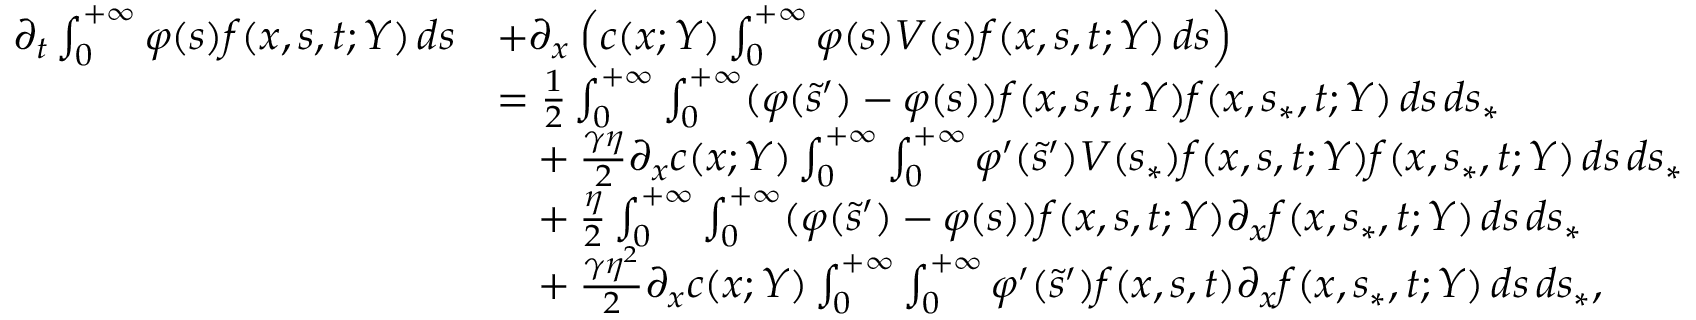
\begin{array} { r l } { \partial _ { t } \int _ { 0 } ^ { + \infty } \varphi ( s ) f ( x , s , t ; Y ) \, d s } & { + \partial _ { x } \left( c ( x ; Y ) \int _ { 0 } ^ { + \infty } \varphi ( s ) V ( s ) f ( x , s , t ; Y ) \, d s \right) } \\ & { = \frac { 1 } { 2 } \int _ { 0 } ^ { + \infty } \int _ { 0 } ^ { + \infty } ( \varphi ( \tilde { s } ^ { \prime } ) - \varphi ( s ) ) f ( x , s , t ; Y ) f ( x , s _ { \ast } , t ; Y ) \, d s \, d s _ { \ast } } \\ & { \phantom { = } + \frac { \gamma \eta } { 2 } \partial _ { x } c ( x ; Y ) \int _ { 0 } ^ { + \infty } \int _ { 0 } ^ { + \infty } \varphi ^ { \prime } ( \tilde { s } ^ { \prime } ) V ( s _ { \ast } ) f ( x , s , t ; Y ) f ( x , s _ { \ast } , t ; Y ) \, d s \, d s _ { \ast } } \\ & { \phantom { = } + \frac { \eta } { 2 } \int _ { 0 } ^ { + \infty } \int _ { 0 } ^ { + \infty } ( \varphi ( \tilde { s } ^ { \prime } ) - \varphi ( s ) ) f ( x , s , t ; Y ) \partial _ { x } f ( x , s _ { \ast } , t ; Y ) \, d s \, d s _ { \ast } } \\ & { \phantom { = } + \frac { \gamma \eta ^ { 2 } } { 2 } \partial _ { x } c ( x ; Y ) \int _ { 0 } ^ { + \infty } \int _ { 0 } ^ { + \infty } \varphi ^ { \prime } ( \tilde { s } ^ { \prime } ) f ( x , s , t ) \partial _ { x } f ( x , s _ { \ast } , t ; Y ) \, d s \, d s _ { \ast } , } \end{array}